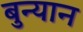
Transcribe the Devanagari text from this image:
बुन्यान